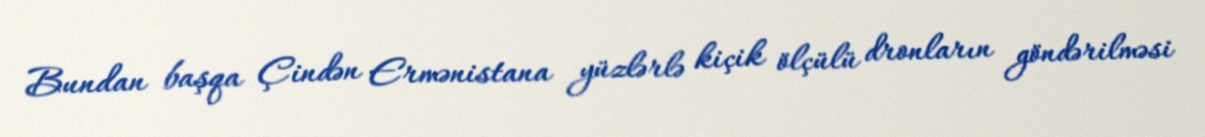
Bundan başqa Çindən Ermənistana yüzlərlə kiçik ölçülü dronların göndərilməsi